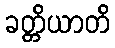
ခတ္တိယာတိ